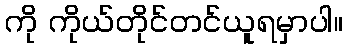
ကို ကိုယ်တိုင်တင်ယူရမှာပါ။